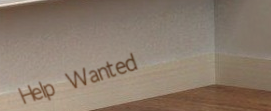
Help Wanted